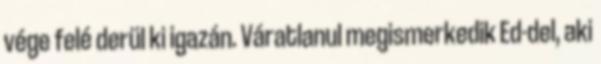
vége felé derül ki igazán. Váratlanul megismerkedik Ed-del, aki